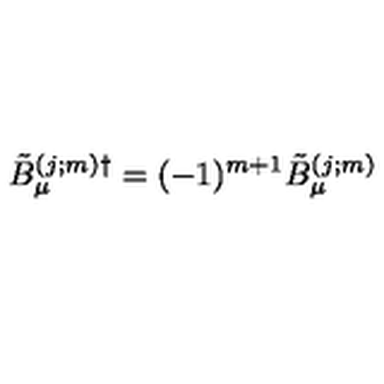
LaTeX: \tilde { B } _ { \mu } ^ { ( j ; m ) \dag } = ( - 1 ) ^ { m + 1 } \tilde { B } _ { \mu } ^ { ( j ; m ) }